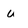
Character: u